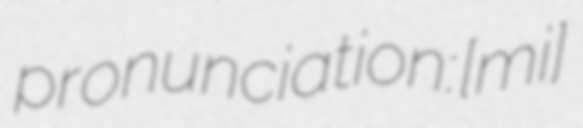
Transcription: pronunciation: [ˈmiɾɐ]